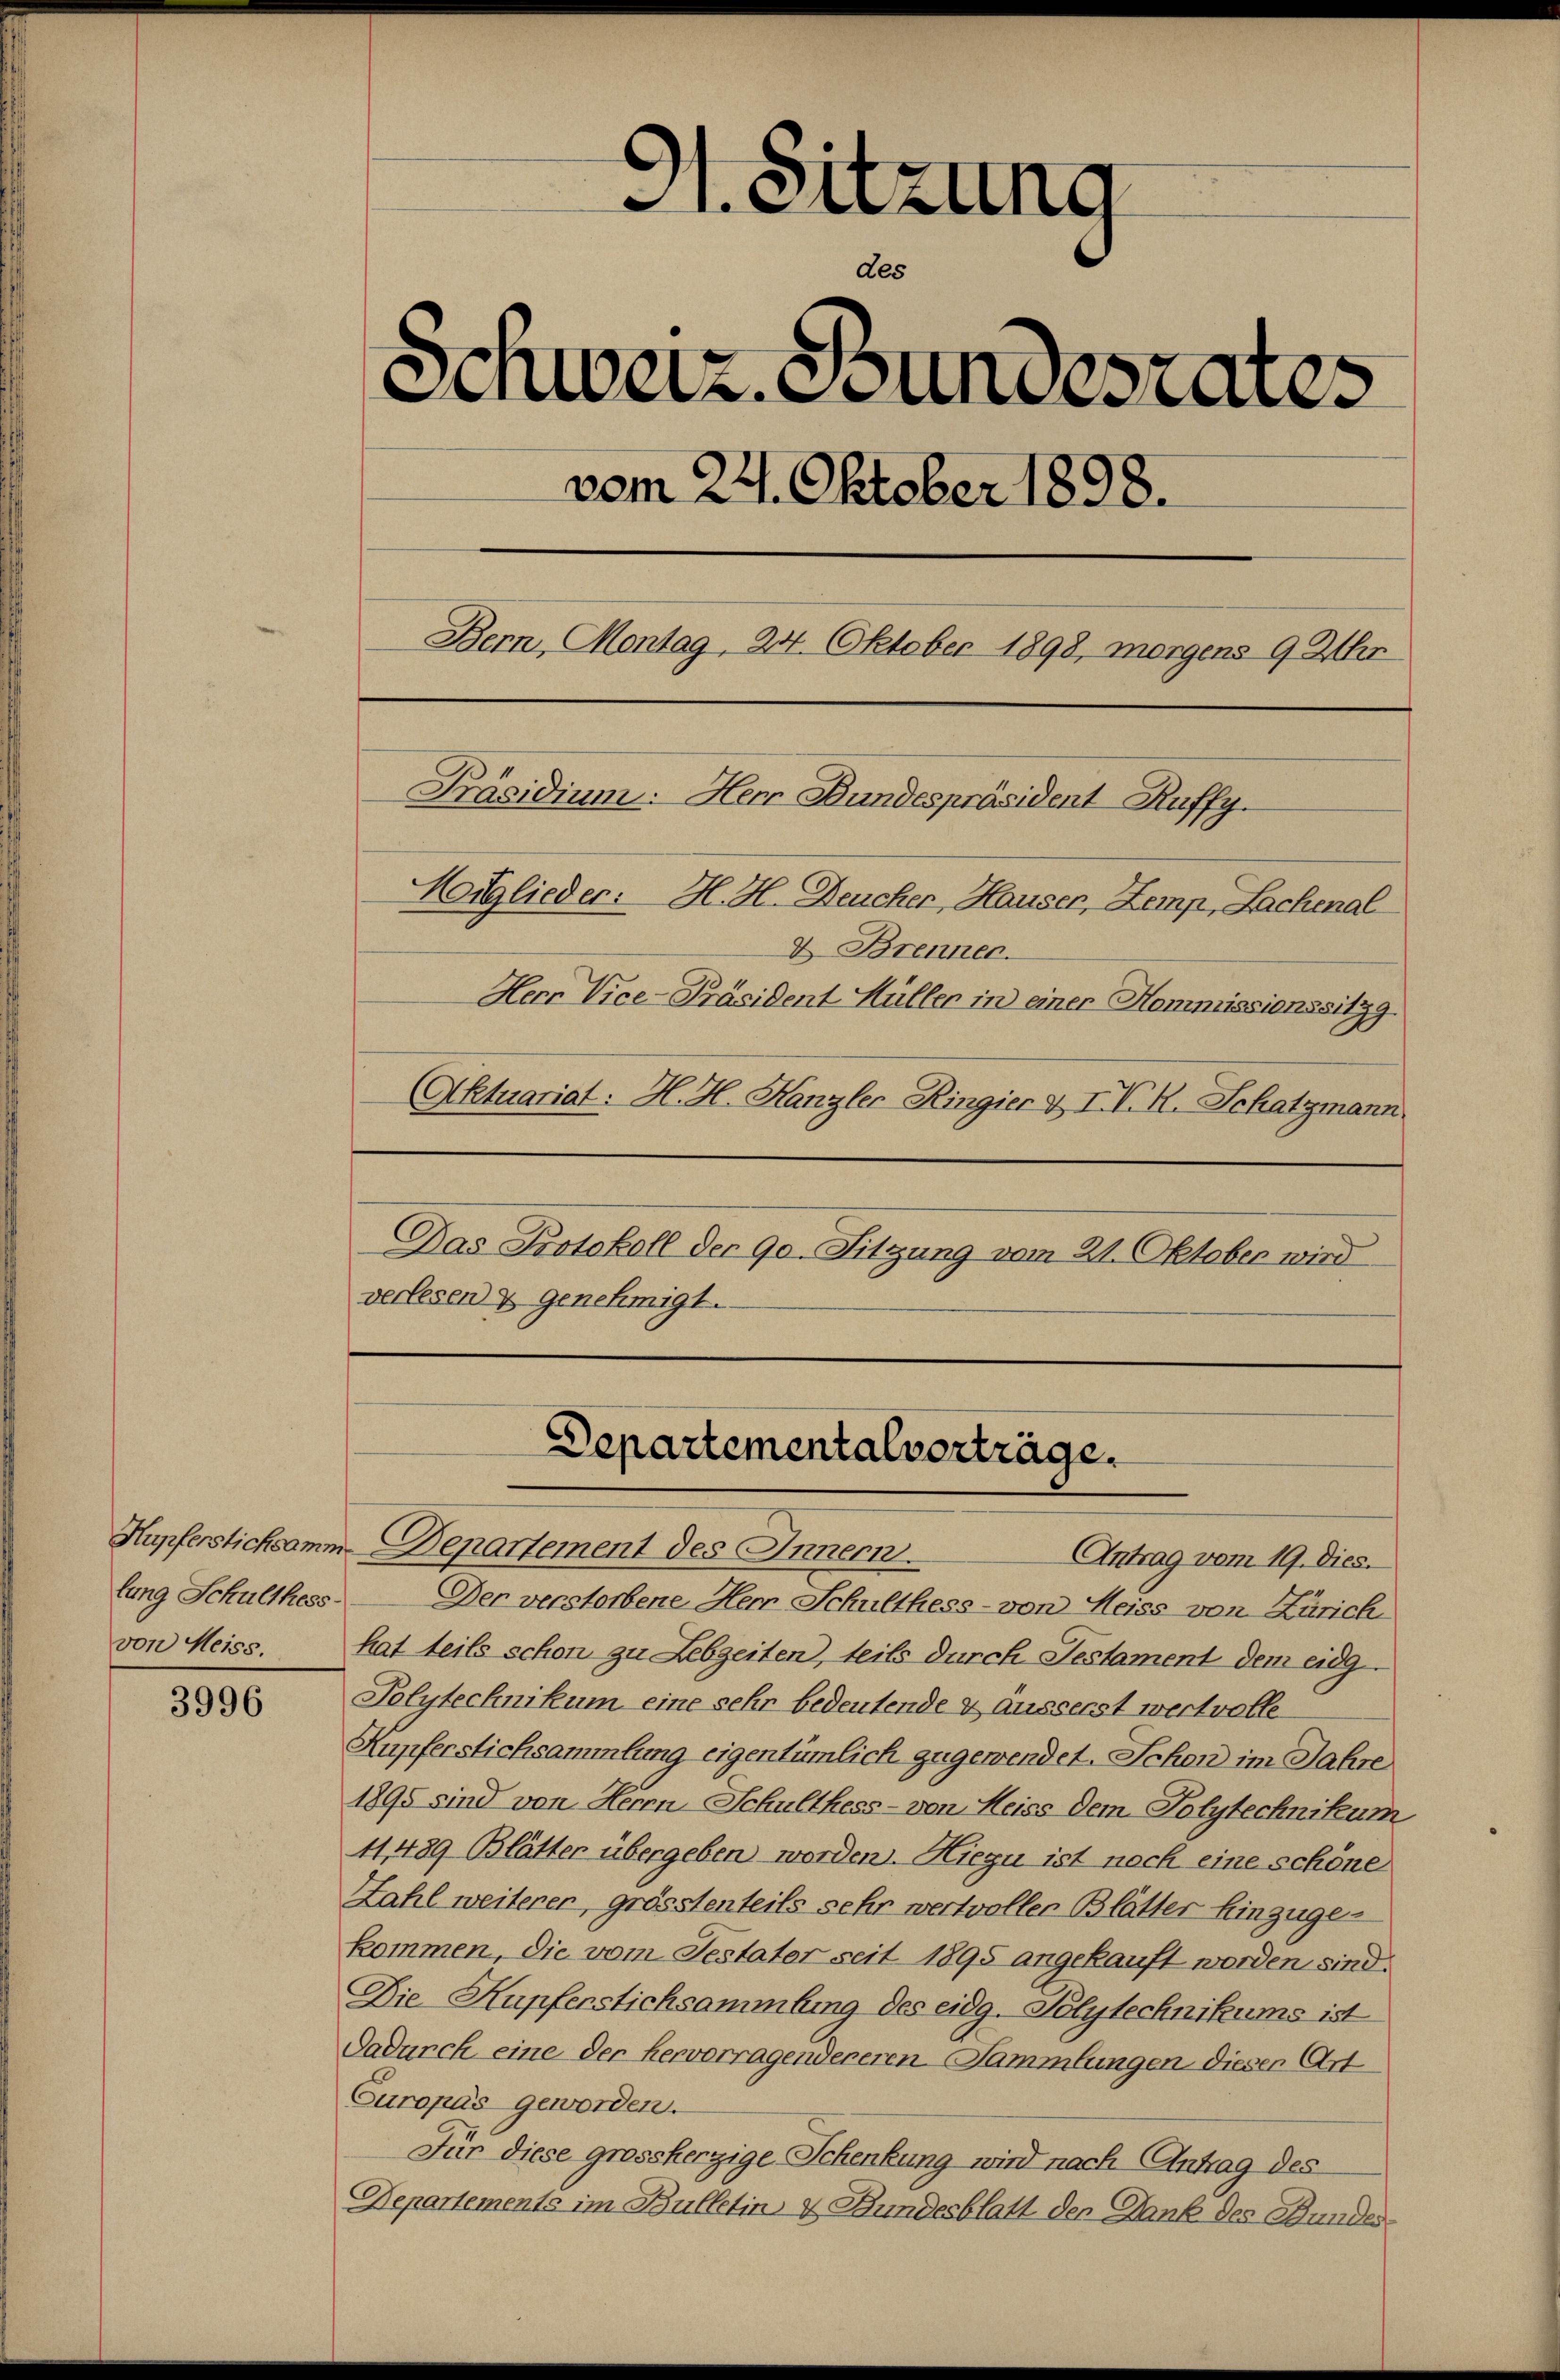
lung Schulthess
von Meiss.

3996

91. Sitzung
des
Schweiz. Stundesrates
vom 22. Oktober 1898.
Bern, Montag, 24. Oktober 1898, morgens 9 Uhr
Präsidium: Herr Bundespräsident Ruffy.
Moiglieder: H. H. Deucher, Hauser, Zemp, Lachenal
& Brenner.
Herr Vice-Präsident Hüller in einer Kommissionssitzg.
Aktuariat: H. H. Kanzler Ringier & IV. H. Schatzmann
Das Protokoll der 90. Sitzung vom 21. Oktober wird
verlesen & genehmigt.

Departementalverträge.

Hupferstichsamm-Departement des Innern.
Antrag vom 19. Dies
Der verstorbene Herr Schulthess - von Heiss von Zürich
hat teils schon zu Lebzeiten, teils durch Testament dem eidg
Polytechnikum eine sehr bedeutende & äusserst wertvolle¬
Kupferstichsammlung eigentümlich zugewendet. Schon im Jahre
1895 sind von Herrn-Schulthess - von Heiss dem Polytechnikum
41,429- Blätter übergeben worden. Hiezu ist noch eine schöne
Zahl weiterer, grösstenteils sehr wertvoller Blätter Einzügen
kommen, die vom Testater seit 1895 angekauft worden sind.
Die Kupferstichsammlung des eidg. Polytechnikums ist
Dadurch eine der hervorragendereren Sammlungen dieser Art
Curopas geworden.
Für diese grossherzige Schenkung wird nach Antrag des
Departements im Bulletin & Bundesblatt der Dank des Bundes¬